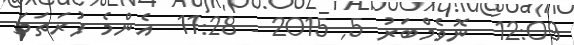
12:09  ނޮވެމްބަރު 5